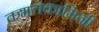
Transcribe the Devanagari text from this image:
कमलकामिनी